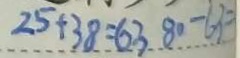
2 5 + 3 8 = 6 3 8 0 - 6 3 =